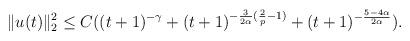
LaTeX: \begin{align*}\|u(t)\|_{2}^{2}\leq C((t+1)^{-\gamma}+(t+1)^{-\frac{3}{2\alpha}(\frac{2}{p}-1)}+(t+1)^{-\frac{5-4\alpha}{2\alpha}}).\end{align*}